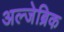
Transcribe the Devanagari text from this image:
अल्जेब्रिक